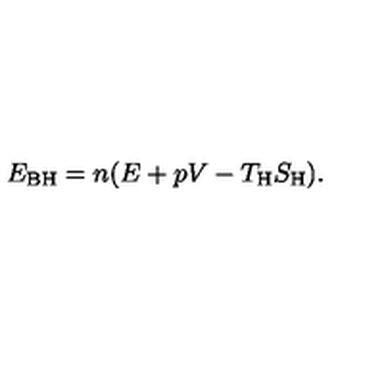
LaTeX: E _ { \mathrm { B H } } = n ( E + p V - T _ { \mathrm { H } } S _ { \mathrm { H } } ) .